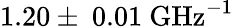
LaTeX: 1.20\pm~0.01~\mathrm{{GHz}^{-1}}